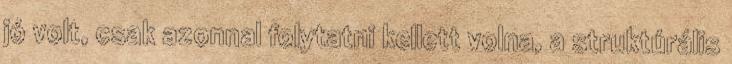
jó volt, csak azonnal folytatni kellett volna, a struktúrális